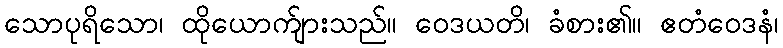
သောပုရိသော၊ ထိုယောက်ျားသည်။ ဝေဒယတိ၊ ခံစား၏။ ဧတံဝေဒနံ၊